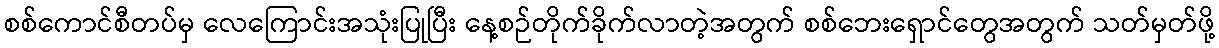
စစ်ကောင်စီတပ်မှ လေကြောင်းအသုံးပြုပြီး နေ့စဉ်တိုက်ခိုက်လာတဲ့အတွက် စစ်ဘေးရှောင်တွေအတွက် သတ်မှတ်ဖို့